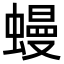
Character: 蟃